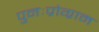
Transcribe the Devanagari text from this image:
पुनःप्रोग्राम